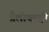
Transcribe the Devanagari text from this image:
त्रैलोक्यही